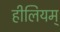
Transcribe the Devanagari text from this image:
हीलियम्